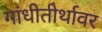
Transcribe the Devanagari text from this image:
गांधीतीर्थावर